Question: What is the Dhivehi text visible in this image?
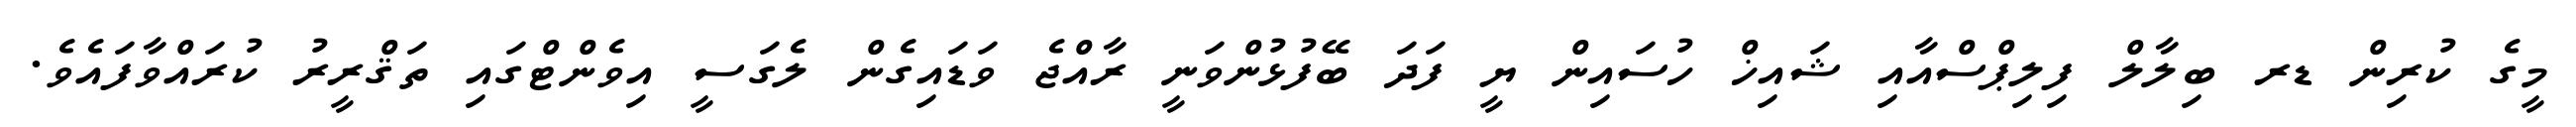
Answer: މީގެ ކުރިން ޑރ ބިލާލް ފިލިޕްސްއާއި ޝައިޚް ހުސައިން ޔީ ފަދަ ބޭފުޅުންވަނީ ރާއްޖެ ވަޑައިގެން ލެގަސީ އިވެންޓްގައި ތަޤްރީރު ކުރައްވާފައެވެ.